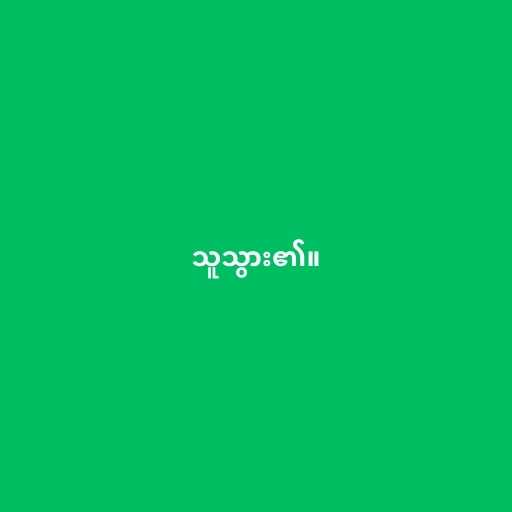
သူသွား၏။